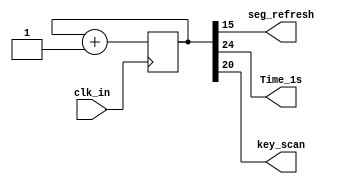
module clock
(
	input clk_in,
	//input clr,
	output seg_refresh,
	output Time_1s,
	output key_scan
);

reg[28:0] clk_cnt;

assign seg_refresh = clk_cnt[15];
assign Time_1s = clk_cnt[24];
assign key_scan = clk_cnt[20];

always @(posedge clk_in)
begin
	clk_cnt = clk_cnt + 1;
end
endmodule

module led_key
(
	input Time_1s,
	input key_scan,
	input[3:0] key_in,
	output[3:0] led_out,
	output reg success
);

reg[3:0] led_state = 4'b0001;
assign led_out = led_state;
always @(posedge Time_1s)
begin
	led_state = led_state + 1;
end

//always @(posedge key_in[0])
//begin
//	if(led_state[0] == 1)
//		begin
//		led_state[0] =0;
//		end
//end

always @(posedge key_scan)
begin
	success = 0;
	case(key_in)
		4'b0001 :
			begin
			if(led_state[0] == 1)
				begin
					success = 1;
					//led_state[0] = 0;
				end
			end
		4'b0010 :
			begin
			if(led_state[1] == 1)
				begin
					success = 1;
					//led_state[1] = 0;
				end
			end
		4'b0100 :
			begin
			if(led_state[2] == 1)
				begin
					success = 1;
					//led_state[2] = 0;
				end
			end
		4'b1000 :
			begin
			if(led_state[3] == 1)
				begin
					success = 1;
					//led_state[3] = 0;
				end
			end
	endcase
end

endmodule

module seg_control
(
	input seg_refresh,
	input success,
	output[3:0] select_out,
	output[6:0] segment_out
);

reg[3:0] num1 = 4'b0000;
reg[3:0] num2 = 4'b0000;
reg[3:0] select = 4'b1110;
reg[3:0] num = 4'b0000;
reg[6:0] segment = 7'b0000000;

assign select_out = select;
assign segment_out = segment;

always @(posedge success)
begin
	num1 = num1 + 1;
	if(num1 == 10)
		begin
			num1 = 0;
			num2 = num2 +1;
		end
	if(num2 == 10)
		num2 = 0;
end

always @(posedge seg_refresh)
begin
	case(select)
		4'b1110	:
			begin
				select = 4'b1101;
				num = num2;
			end
		4'b1101 :
			begin
				select = 4'b1110;
				num = num1;
			end
		endcase
end

always @(*)
	case(num)
		0  		:segment = 7'b0000001;
		1  		:segment = 7'b1001111;
		2  		:segment = 7'b0010010;
		3  		:segment = 7'b0000110;
		4  		:segment = 7'b1001100;
		5  		:segment = 7'b0100100;
		6  		:segment = 7'b0100000;
		7  		:segment = 7'b0001111;
		8  		:segment = 7'b0000000;
		9  		:segment = 7'b0000100;
		'hA		:segment = 7'b0001000;
		'hB		:segment = 7'b1100000;
		'hC		:segment = 7'b0110001;
		'hD		:segment = 7'b1000010;
		'hE		:segment = 7'b0110000;
		'hF		:segment = 7'b0111000;
		default	:segment = 7'b0000001;
	endcase
endmodule

module TOP
(
	input clk_in,
	input[3:0] key_in,
	output[3:0] led_out,
	output[3:0] select_out,
	output[6:0] segment_out
);

wire Time_1s;
wire key_scan;
wire seg_refresh;
wire success;

clock inerclock
(
	.clk_in(clk_in),
	.seg_refresh(seg_refresh),
	.Time_1s(Time_1s),
	.key_scan(key_scan)
);

led_key inerled_key
(
	.Time_1s(Time_1s),
	.key_scan(key_scan),
	.key_in(key_in),
	.led_out(led_out),
	.success(success)
);

seg_control inerseg_control
(
	.seg_refresh(seg_refresh),
	.success(success),
	.select_out(select_out),
	.segment_out(segment_out)
);
endmodule